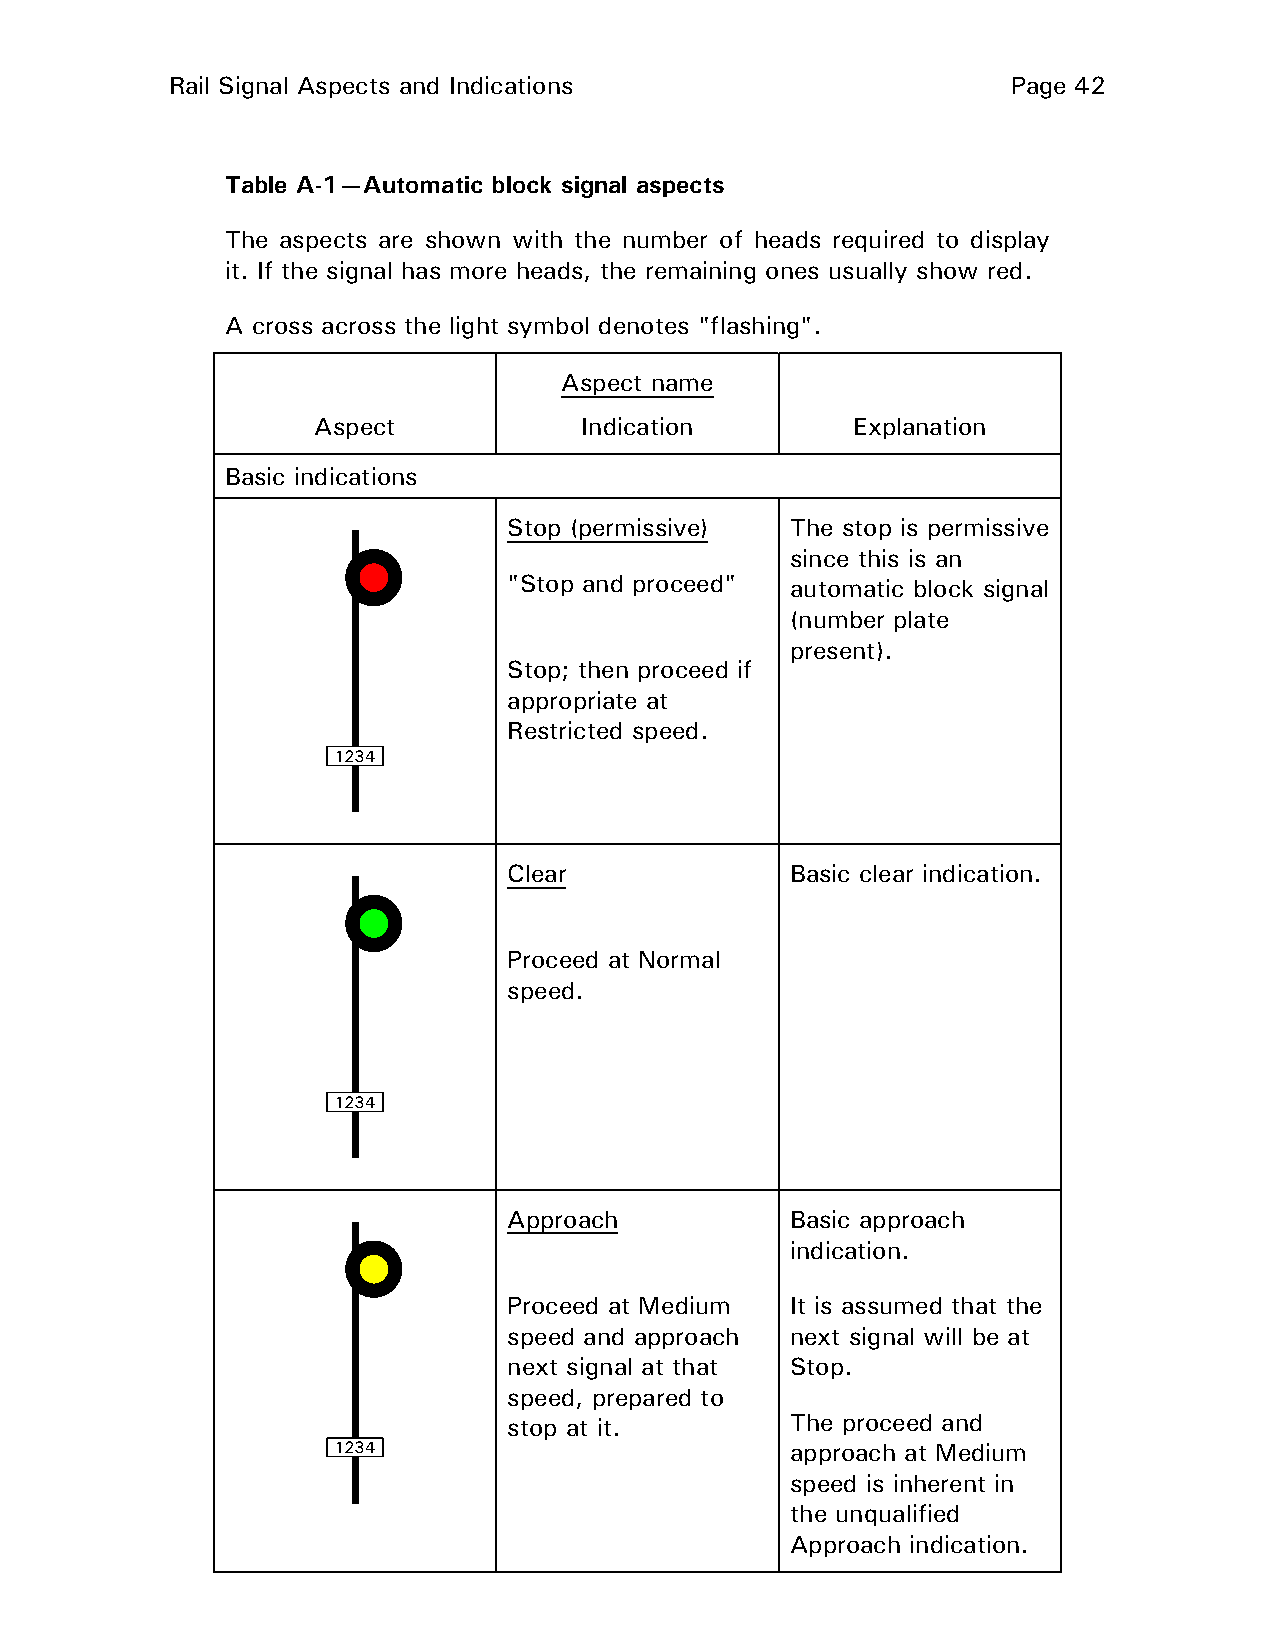
Rail Signal Aspects and Indications                     Page 42
 Table A-1—Automatic block signal aspects
 The aspects are shown with the number of heads required to display
 it. If the signal has more heads, the remaining ones usually show red.
 A cross across the light symbol denotes "flashing".
 Aspect name
 Aspect           Indication         Explanation
 Basic indications
 Stop (permissive) The stop is permissive
 since this is an
 "Stop and proceed" automatic block signal
 (number plate
 present).
 Stop; then proceed if
 appropriate at
 Restricted speed.
 1234
 Clear             Basic clear indication.
 Proceed at Normal
 speed.
 1234
 Approach          Basic approach
 indication.
 Proceed at Medium It is assumed that the
 speed and approach next signal will be at
 next signal at that Stop.
 speed, prepared to
 stop at it.       The proceed and
 1234                          approach at Medium
 speed is inherent in
 the unqualified
 Approach indication.